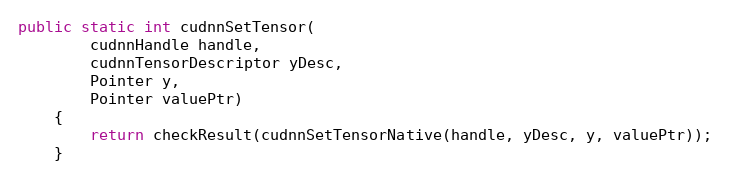
Language: Java
public static int cudnnSetTensor(
        cudnnHandle handle,
        cudnnTensorDescriptor yDesc,
        Pointer y,
        Pointer valuePtr)
    {
        return checkResult(cudnnSetTensorNative(handle, yDesc, y, valuePtr));
    }